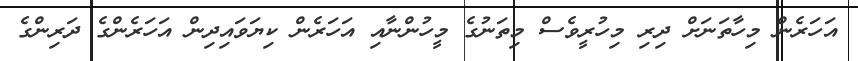
އަހަރެން މިހާތަނަށް ދިރި މިހުރީވެސް މިތަނުގެ މީހުންނާއި އަހަރެން ކިޔަވައިދިން އަހަރެންގެ ދަރިންގެ